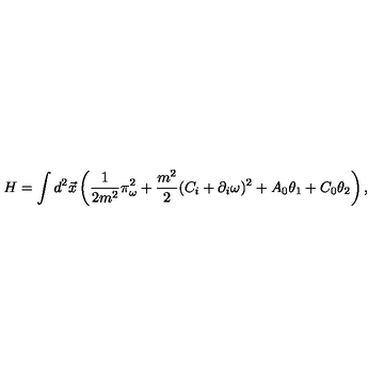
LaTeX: H = \int d ^ { 2 } \vec { x } \left( \frac 1 { 2 m ^ { 2 } } \pi _ { \omega } ^ { 2 } + \frac { m ^ { 2 } } { 2 } ( C _ { i } + \partial _ { i } \omega ) ^ { 2 } + A _ { 0 } \theta _ { 1 } + C _ { 0 } \theta _ { 2 } \right) ,